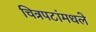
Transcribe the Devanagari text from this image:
चित्रपटांमधले